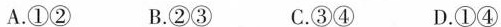
A.①② B.②③ C.③④ D.①④